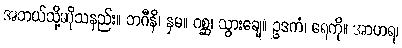
အဘယ်သို့ဆိုသနည်း။ ဘဂီနိ၊ နှမ။ ဂစ္ဆ၊ သွားချေ။ ဥဒကံ၊ ရေကို။ အာဟရ၊